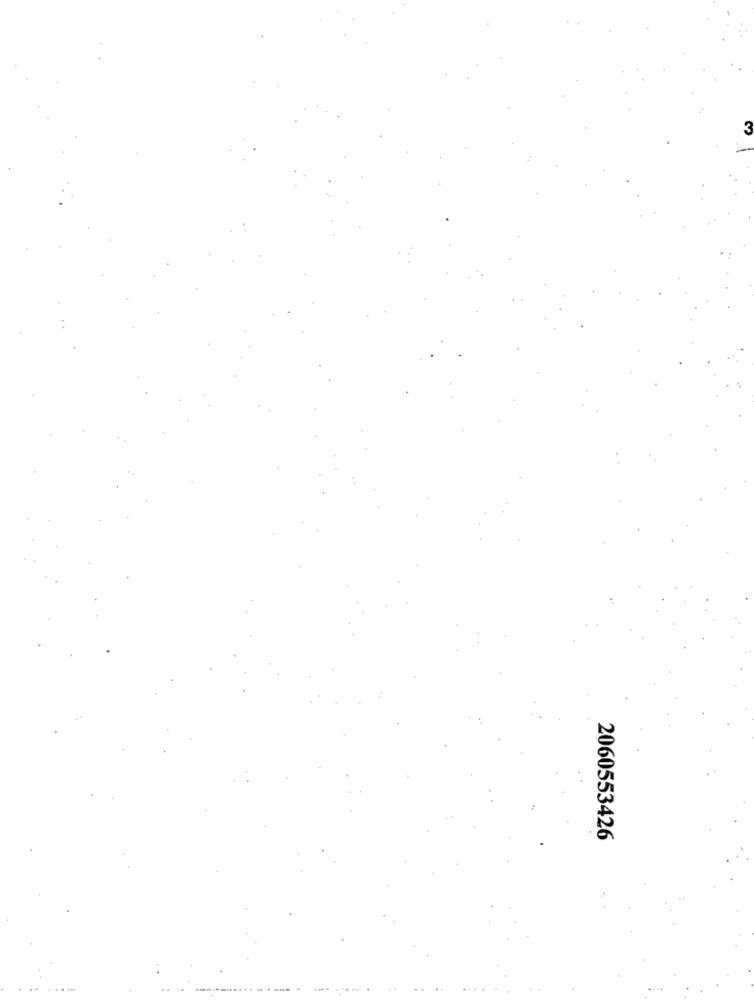
2060553426
---... ---
------